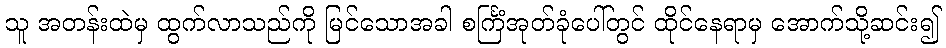
သူ အတန်းထဲမှ ထွက်လာသည်ကို မြင်သောအခါ စင်္ကြံအုတ်ခုံပေါ်တွင် ထိုင်နေရာမှ အောက်သို့ဆင်း၍